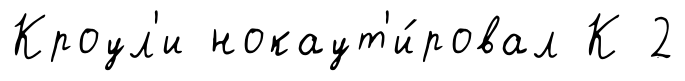
Кроул'и нокаут'и́ровал К 2